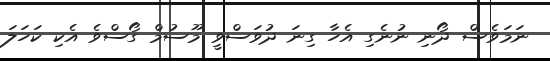
ނަމަވެސް ދޯނި ނުނެގި އެހާ ގިނަ ދުވަސްވީ މޫސުމް ގޯސްވެ އެކި ކަހަލަ